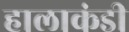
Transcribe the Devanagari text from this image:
हालाकंडी